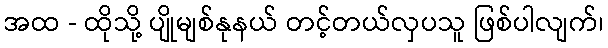
အထ - ထိုသို့ ပျိုမျစ်နုနယ် တင့်တယ်လှပသူ ဖြစ်ပါလျက်၊